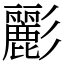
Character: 彲